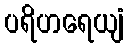
ပရိဟရေယျံ